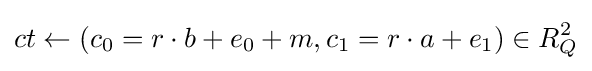
ct\leftarrow (c_{0}=r\cdot b+e_{0}+m,c_{1}=r\cdot a+e_{1})\in R_{Q}^{2}